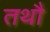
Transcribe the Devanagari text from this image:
तथौ